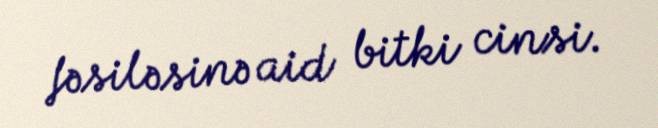
fəsiləsinə aid bitki cinsi.